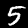
Digit: 5